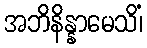
အဘိနိန္နာမေသိံ၊